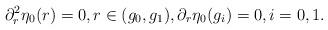
LaTeX: \begin{align*} \partial_r^2\eta_0(r) = 0, r\in(g_0,g_1), \partial_r\eta_0(g_i) = 0, i=0,1.\end{align*}